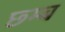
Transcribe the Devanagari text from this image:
छ्म्ब